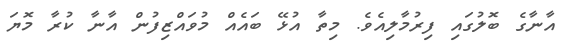
އާނާގެ ބޮލުގައި ފިރުމާލިއެވެ. މިތާ އުޅޭ ބައެއް މުވައްޒިފުން އާނާ ކުރާ މޮޔަ